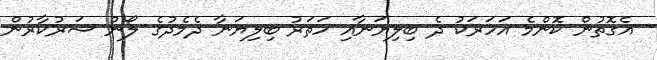
އެގޮތުން ކޮންމެ އަހަރަކު ދެ ބިލިޔަނާއި ހަތަރު ބިލިޔަނާ ދެމެދުގެ ލޯނު ސަރުކާރުން